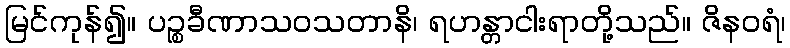
မြင်ကုန်၍။ ပဉ္စခီဏာသဝသတာနိ၊ ရဟန္တာငါးရာတို့သည်။ ဇိနဝရံ၊